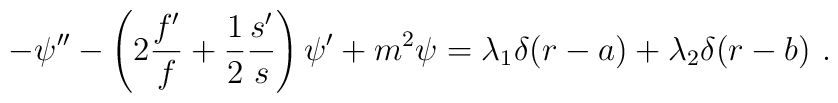
- \psi'' - \left(2 \frac{f'}{f} + \frac{1}{2} \frac{s'}{s}\right) \psi' + m^2 \psi= \lambda_1 \delta(r-a) + \lambda_2 \delta(r-b)\ .